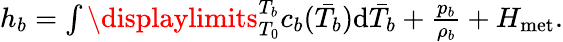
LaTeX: \begin{array}{r}{h_{b}=\int\displaylimits_{T_{0}}^{T_{b}}c_{b}(\bar{T}_{b})\textrm{d}\bar{T}_{b}+\frac{p_{b}}{\rho_{b}}+H_{\textrm{met}}.}\end{array}